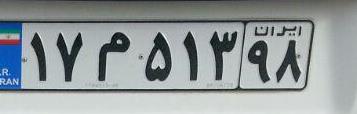
۱۷م۵۱۳۹۸